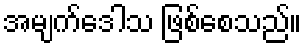
အမျက်ဒေါသ ဖြစ်စေသည်။